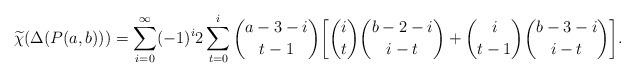
LaTeX: \begin{align*} \widetilde{\chi}(\Delta(P(a,b))) = \sum_{i=0}^{\infty} (-1)^i 2 \sum_{t=0}^i \binom{a-3-i}{t-1} \bigg[ \binom{i}{t}\binom{b-2-i}{i-t} + \binom{i}{t-1}\binom{b-3-i}{i-t} \bigg]. \end{align*}